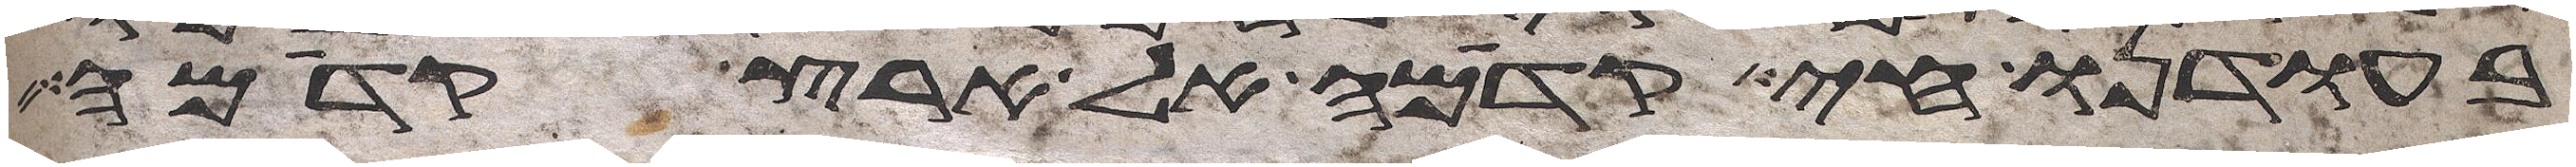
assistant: בעודנו חי קדמה אל ארץ קדמה